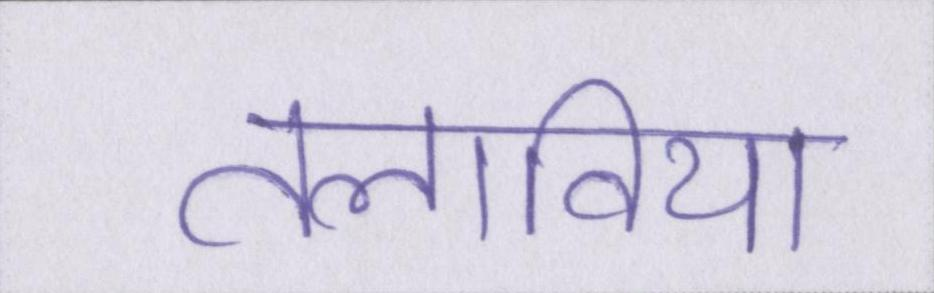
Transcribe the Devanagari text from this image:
तलाविया